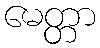
မေတ္တာ